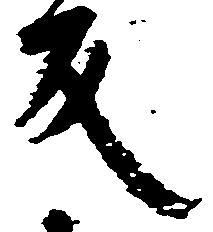
反